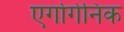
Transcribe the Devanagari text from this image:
एर्गोगेनिक